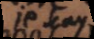
je sçay